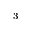
_ 3